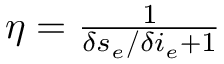
\begin{array} { r } { \eta = \frac { 1 } { \delta s _ { e } / \delta i _ { e } + 1 } } \end{array}